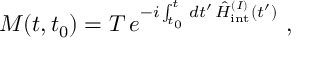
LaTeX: M ( t , t _ { 0 } ) = T \, e ^ { - i \int _ { t _ { 0 } } ^ { t } \, d t ^ { \prime } \, \hat { H } _ { \mathrm { i n t } } ^ { ( I ) } ( t ^ { \prime } ) } \ ,